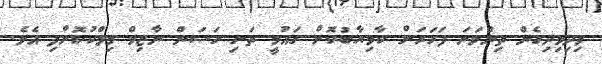
ވިދިވިދިގެން ތިންވަނަ ފަހަރަށް ކާމިޔާބުކޮށް ގައުމީ ތަށި ހަސަން ނާޒިމް މިލްކުކޮށްފި އެވެ.